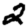
Digit: 2